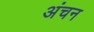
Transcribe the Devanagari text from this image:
अंचन